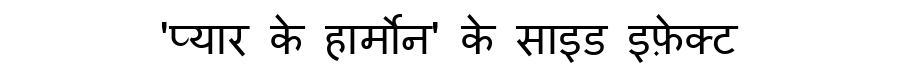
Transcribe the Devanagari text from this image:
'प्यार के हार्मोन' के साइड इफ़ेक्ट